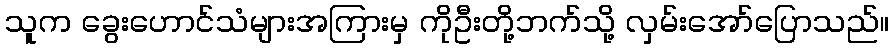
သူက ခွေးဟောင်သံများအကြားမှ ကိုဦးတို့ဘက်သို့ လှမ်းအော်ပြောသည်။